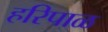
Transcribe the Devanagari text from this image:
हरिपाळ